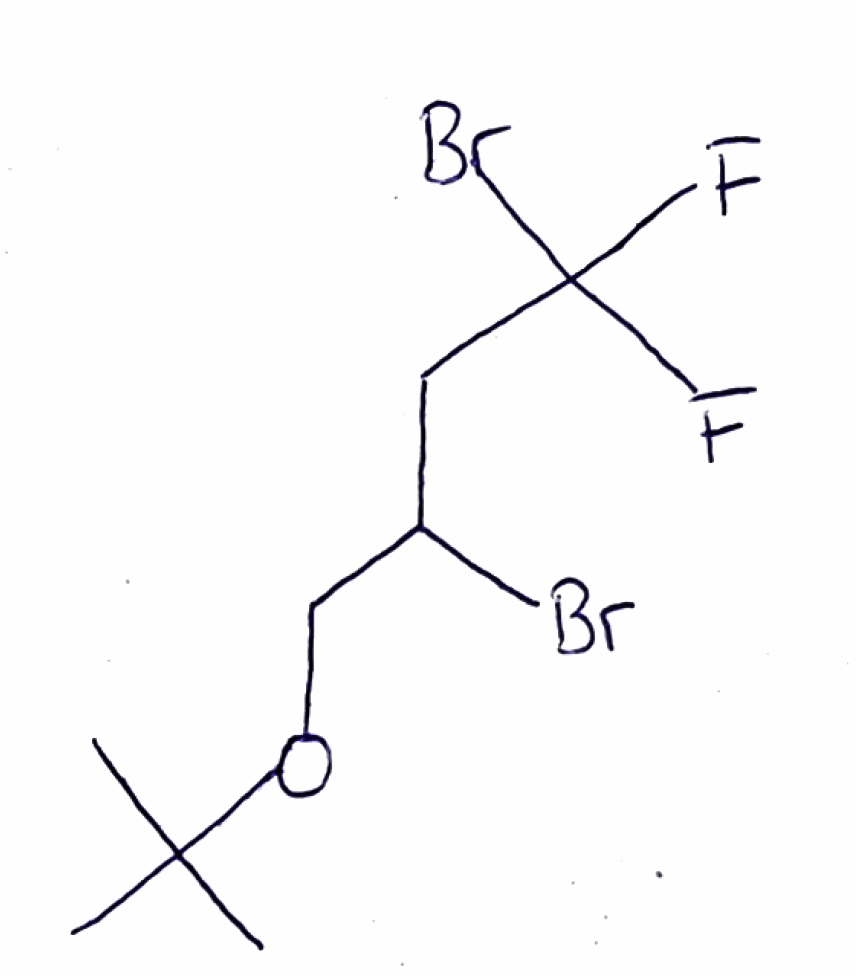
Simplified molecular-input line-entry system (SMILES) notation of the given molecule:
CC(C)(C)OCC(CC(F)(F)Br)Br